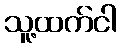
သူ့ထက်ငါ